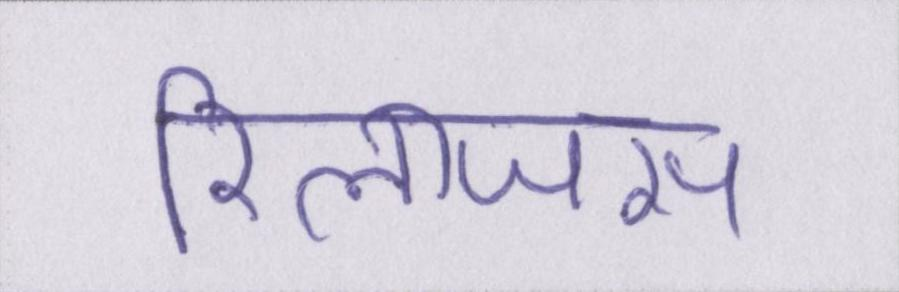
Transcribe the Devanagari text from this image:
रिलीजस